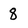
Character: 8